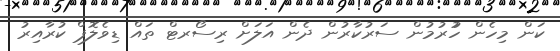
ކަން މިހެން ހުުރުމުން ސަރުކާރުން ދެން އަލަށް ރިސޯރޓް ތައް ޑިވެލޮޕް ކުރާއިރު